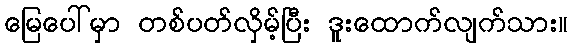
မြေပေါ်မှာ တစ်ပတ်လှိမ့်ပြီး ဒူးထောက်လျက်သား။